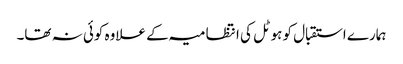
ہمارے استقبال کو ہوٹل کی انتظامیہ کے علاوہ کوئی نہ تھا۔